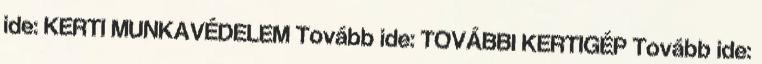
ide: KERTI MUNKAVÉDELEM Tovább ide: TOVÁBBI KERTIGÉP Tovább ide: